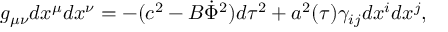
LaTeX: g _ { \mu \nu } d x ^ { \mu } d x ^ { \nu } = - ( c ^ { 2 } - B \dot { \Phi } ^ { 2 } ) d \tau ^ { 2 } + a ^ { 2 } ( \tau ) \gamma _ { i j } d x ^ { i } d x ^ { j } ,